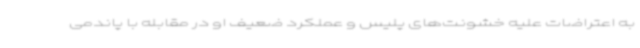
به اعتراضات علیه خشونت‌های پلیس و عملکرد ضعیف او در مقابله با پاندمی